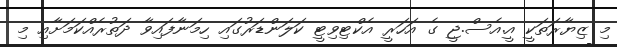
މި ޒިޔާރަތަކީ އީ.އެސް.ޖީ ގެ އަހަރީ އެކްޓިވިޓީ ކަލަންޑަރުގައި ހިމަނާފައިވާ ދަތުރެއްކަމަށާއި މި